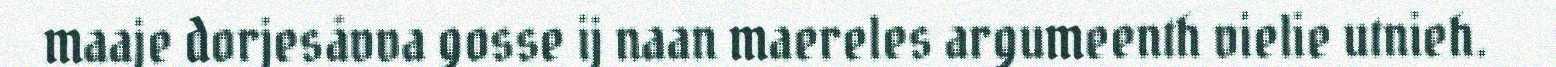
maaje dorjesåvva gosse ij naan maereles argumeenth vielie utnieh.